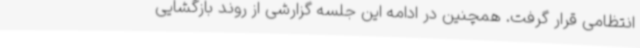
انتظامی قرار گرفت. همچنین در ادامه این جلسه گزارشی از روند بازگشایی